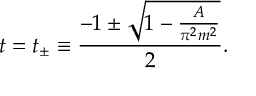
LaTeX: t = t _ { \pm } \equiv \frac { - 1 \pm \sqrt { 1 - \frac { A } { \pi ^ { 2 } m ^ { 2 } } } } { 2 } .